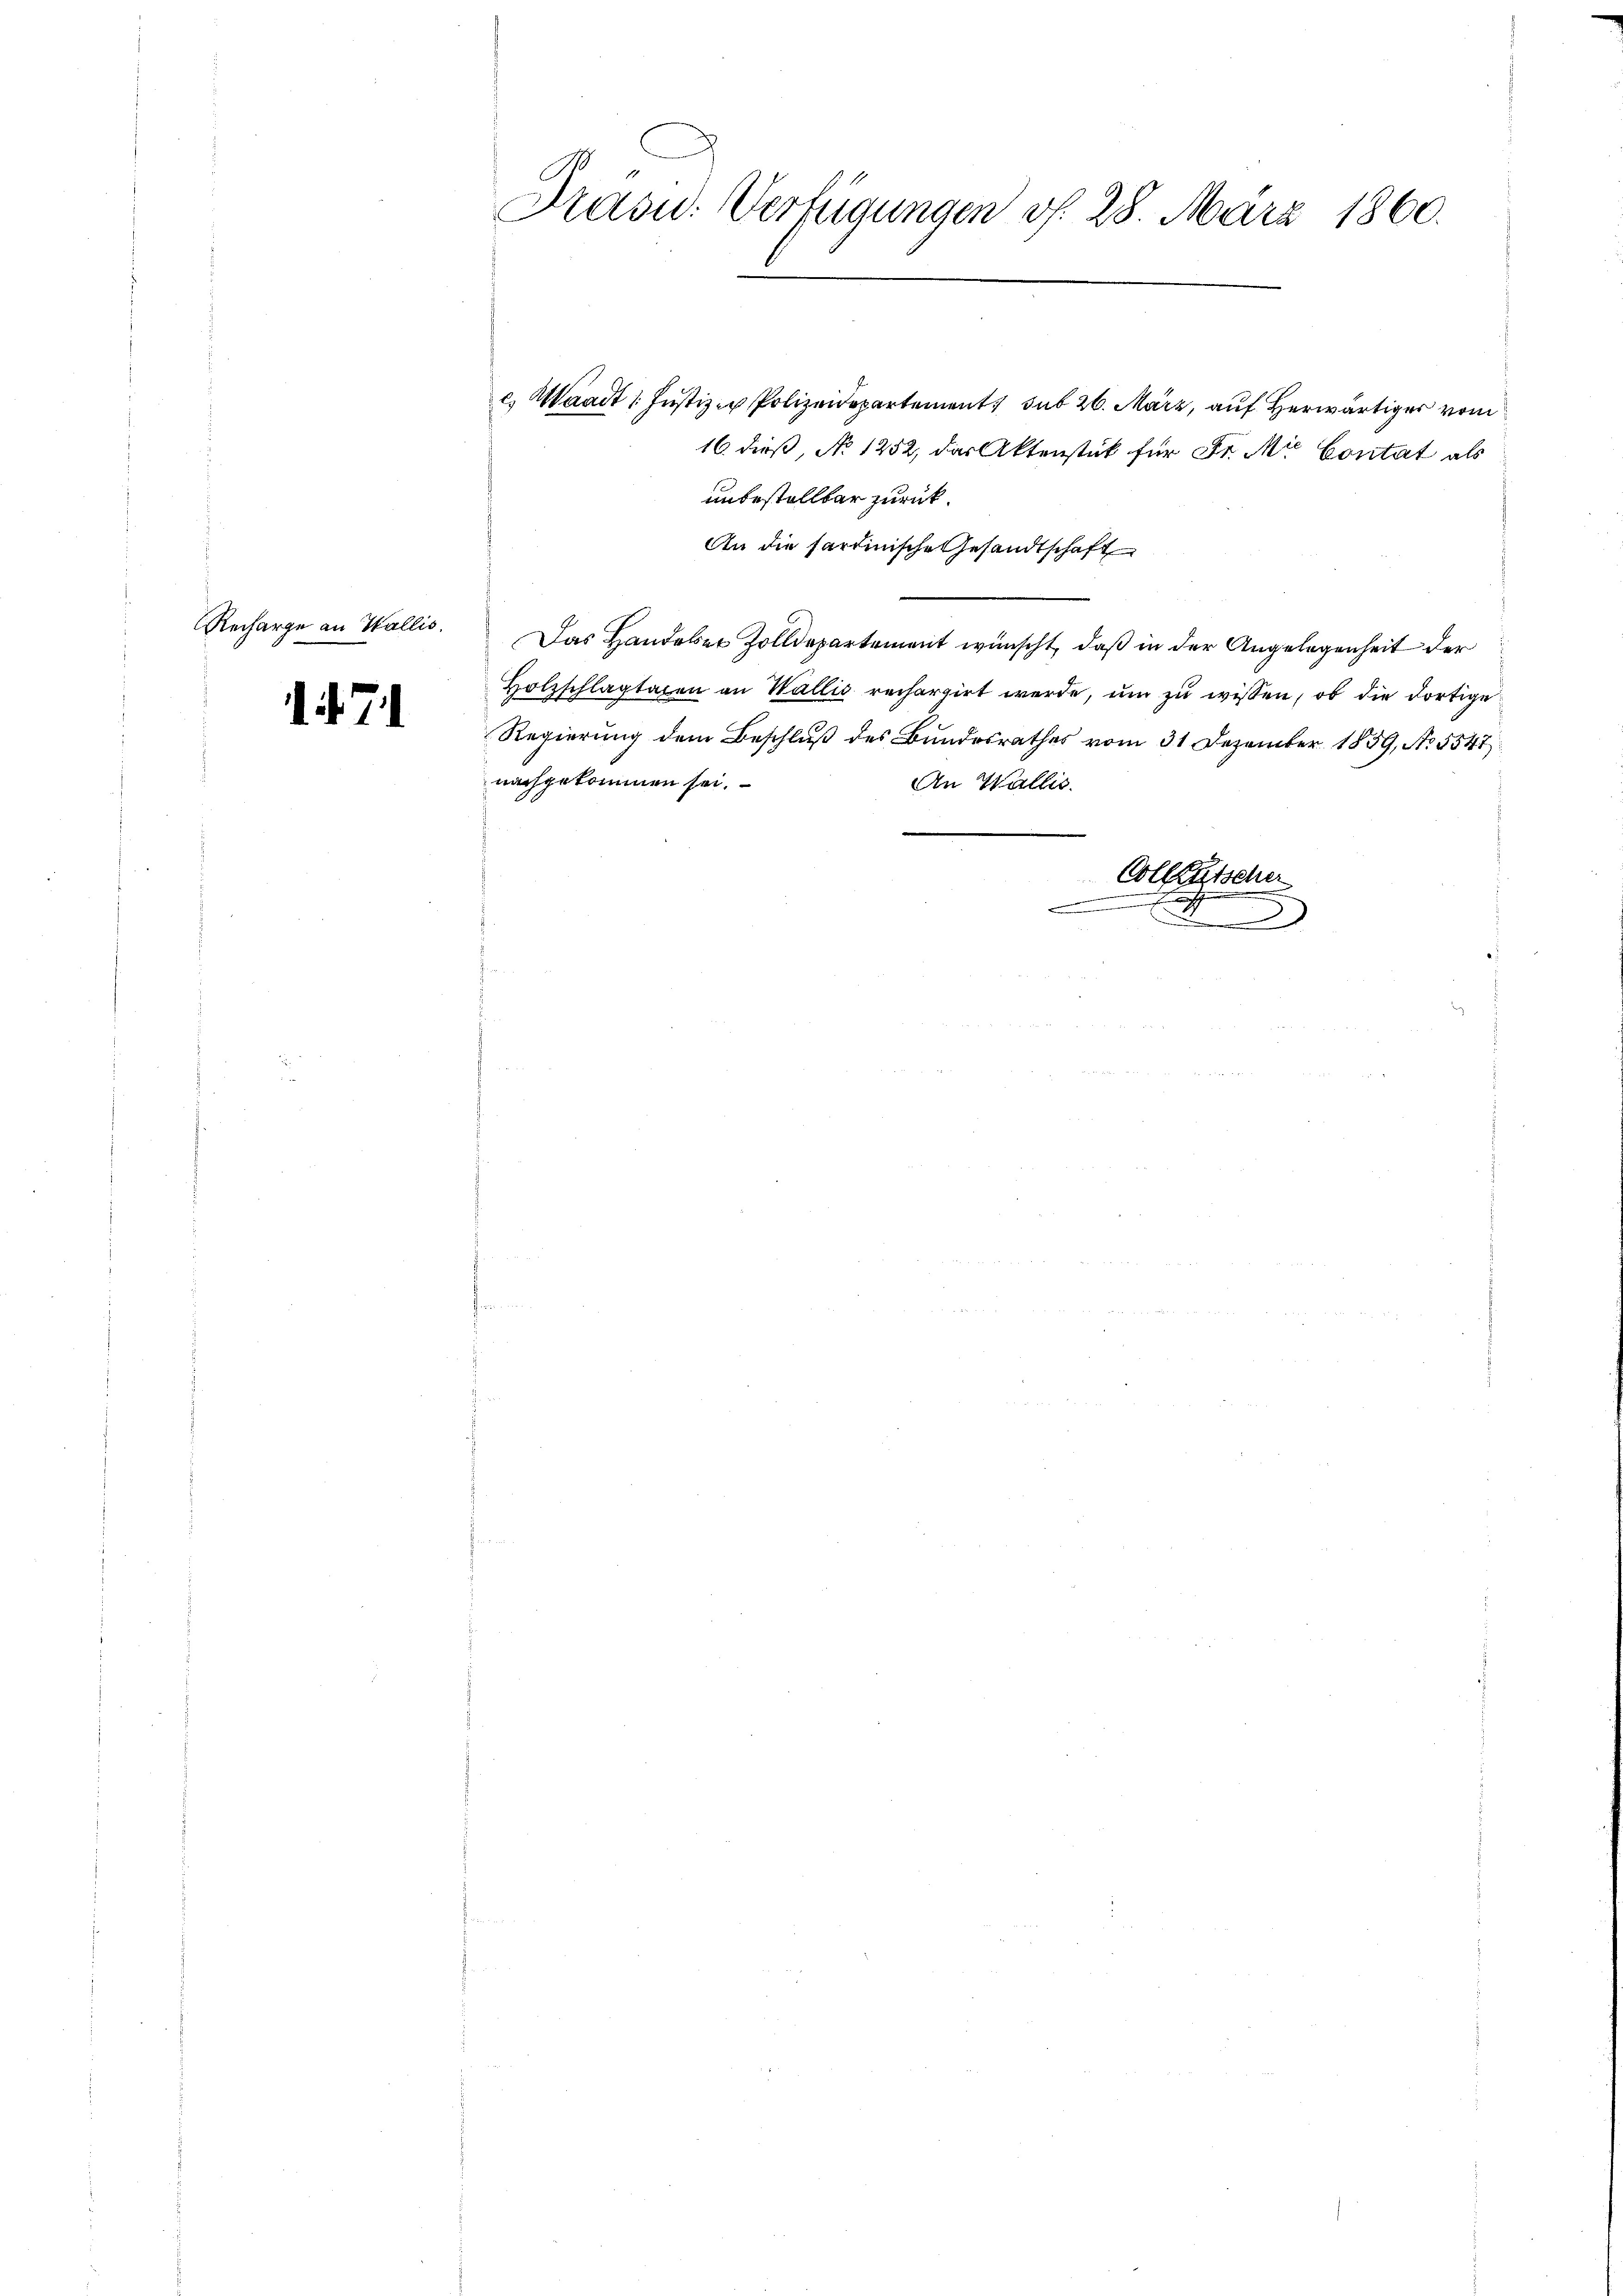
Recharge an Wallis.

71

Präsid. Verfügungen v. 28. März 1860.

c. Waadt (Justiz - Polizeidepartement sub 26. März, auf Herr vom
16 dieß, No 1252, das Aktenstück für Fr. Mie Contat als
unbestellbar zurück.
An die Partinische Gesandtschaft
Das Handeler Zolldepartement wünscht, daß in der Angelegenheit der
Holzschlagtagen an Wallis rechargirt werde, ŭm zŭ wissen, ob die dortige
Regierung dem Beschluß des Bundesrathes vom 31 Dezember 1859, No. 5547.
nachgekommen sei.
An Wallis.
e
Collischer

.